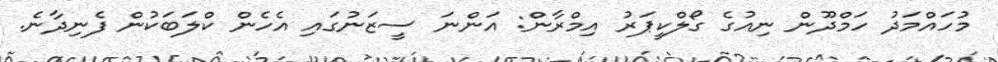
މުހައްމަދު ހަމްދޫން ނިއުގެ ގޯލްކީޕަރު އިމްރާން: އަންނަ ސީޒަނުގައި އެހެން ކްލަބަކުން ފެނިދާނެ.